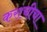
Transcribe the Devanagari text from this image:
कराचीचा